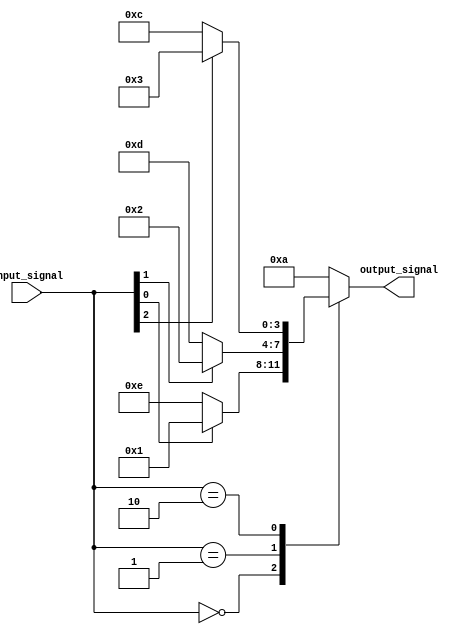
module case_statement (
    input [3:0] input_signal,
    output reg [3:0] output_signal
);

always @(*)
begin
    case(input_signal)
        4'b0000: // condition 1
            if (input_signal[0] == 1)
                output_signal = 4'b0001;
            else
                output_signal = 4'b1110;
        
        4'b0001: // condition 2
            if (input_signal[1] == 1)
                output_signal = 4'b0010;
            else
                output_signal = 4'b1101;
        
        4'b0010: // condition 3
            if (input_signal[2] == 1)
                output_signal = 4'b0011;
            else
                output_signal = 4'b1100;
        
        default: // default condition
            output_signal = 4'b1010;
    endcase
end

endmodule